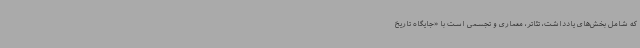
که شامل بخش‌های یادداشت، تئاتر، معماری و تجسمی است با «جایگاه تاریخ